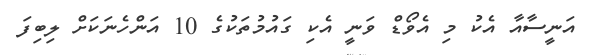
އަނީސާއާ އެކު މި އެވޯޑް ވަނީ އެކި ގައުމުތަކުގެ 10 އަންހެނަކަށް ލިބިފަ